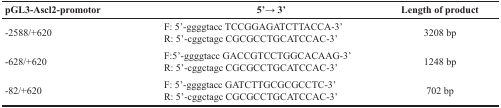
| pGL3-Ascl2-promotor | 5’→ 3’ | Length of product |
 | --- | --- | --- |
 | -2588/+620 | F: 5’-ggggtacc TCCGGAGATCTTACCA-3’R: 5’-cggctagc CGCGCCTGCATCCAC-3’ | 3208 bp |
 | -628/+620 | F:5’-ggggtacc GACCGTCCTGGCACAAG-3’R: 5’-cggctagc CGCGCCTGCATCCAC-3’ | 1248 bp |
 | -82/+620 | F: 5’-ggggtacc GATCTTGCGCGCCTC-3’R: 5’-cggctagc CGCGCCTGCATCCAC-3’ | 702 bp |